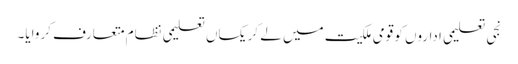
نجی تعلیمی اداروں کو قومی ملکیت میں لے کر یکساں تعلیمی نظام متعارف کروایا۔